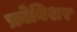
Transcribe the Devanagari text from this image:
फ्रोबिशर